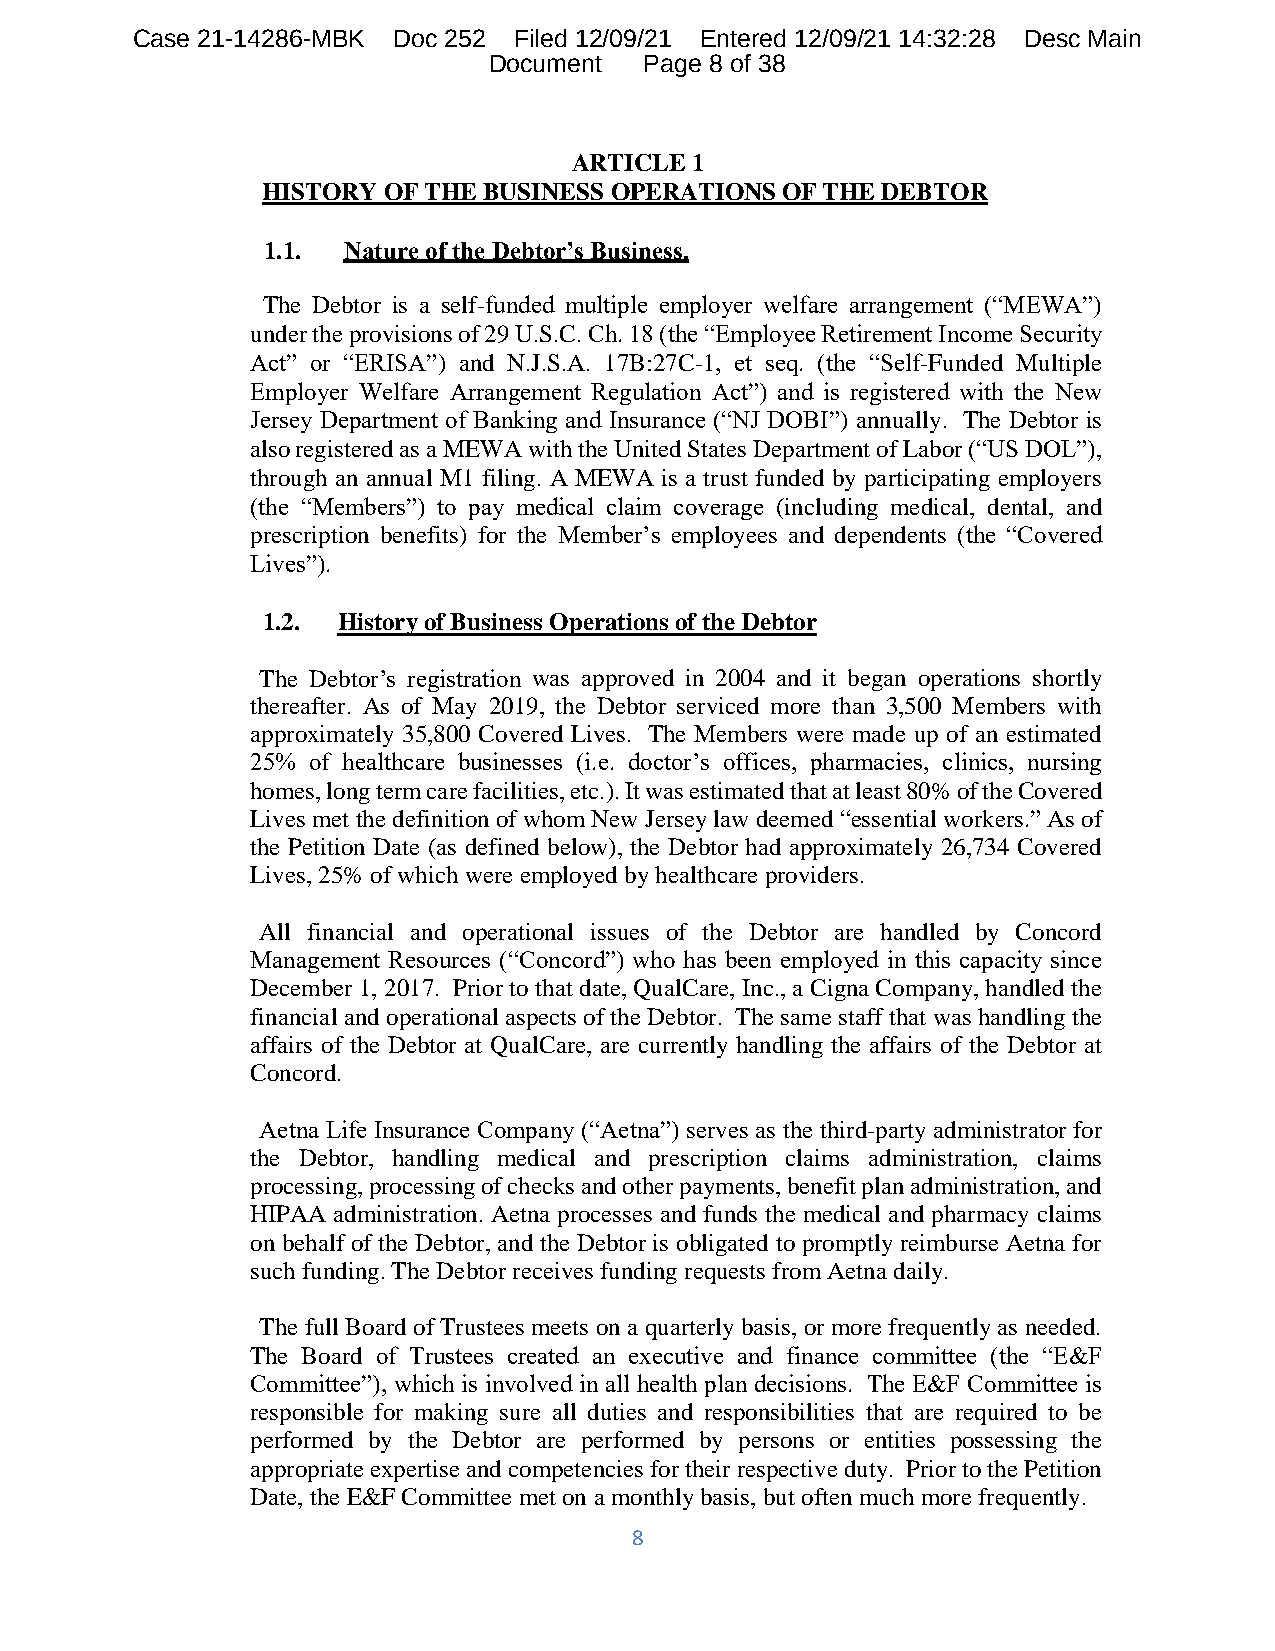
Case 21-14286-MBK Doc 252 Filed 12/09/21 Entered 12/09/21 14:32:28 Desc Main
 Document   Page 8 of 38
 ARTICLE 1
 HISTORY OF THE BUSINESS OPERATIONS OF THE DEBTOR
 1.1.  Nature of the Debtor’s Business.
 The Debtor is a self-funded multiple employer welfare arrangement (“MEWA”)
 under the provisions of 29 U.S.C. Ch. 18 (the “Employee Retirement Income Security
 Act” or “ERISA”) and N.J.S.A. 17B:27C-1, et seq. (the “Self-Funded Multiple
 Employer Welfare Arrangement Regulation Act”) and is registered with the New
 Jersey Department of Banking and Insurance (“NJ DOBI”) annually. The Debtor is
 also registered as a MEWA with the United States Department of Labor (“US DOL”),
 through an annual M1 filing. A MEWA is a trust funded by participating employers
 (the “Members”) to pay medical claim coverage (including medical, dental, and
 prescription benefits) for the Member’s employees and dependents (the “Covered
 Lives”).
 1.2. History of Business Operations of the Debtor
 The Debtor’s registration was approved in 2004 and it began operations shortly
 thereafter. As of May 2019, the Debtor serviced more than 3,500 Members with
 approximately 35,800 Covered Lives. The Members were made up of an estimated
 25% of healthcare businesses (i.e. doctor’s offices, pharmacies, clinics, nursing
 homes, long term care facilities, etc.). It was estimated that at least 80% of the Covered
 Lives met the definition of whom New Jersey law deemed “essential workers.” As of
 the Petition Date (as defined below), the Debtor had approximately 26,734 Covered
 Lives, 25% of which were employed by healthcare providers.
 All financial and operational issues of the Debtor are handled by Concord
 Management Resources (“Concord”) who has been employed in this capacity since
 December 1, 2017. Prior to that date, QualCare, Inc., a Cigna Company, handled the
 financial and operational aspects of the Debtor. The same staff that was handling the
 affairs of the Debtor at QualCare, are currently handling the affairs of the Debtor at
 Concord.
 Aetna Life Insurance Company (“Aetna”) serves as the third-party administrator for
 the Debtor, handling medical and prescription claims administration, claims
 processing, processing of checks and other payments, benefit plan administration, and
 HIPAA administration. Aetna processes and funds the medical and pharmacy claims
 on behalf of the Debtor, and the Debtor is obligated to promptly reimburse Aetna for
 such funding. The Debtor receives funding requests from Aetna daily.
 The full Board of Trustees meets on a quarterly basis, or more frequently as needed.
 The Board of Trustees created an executive and finance committee (the “E&F
 Committee”), which is involved in all health plan decisions. The E&F Committee is
 responsible for making sure all duties and responsibilities that are required to be
 performed by the Debtor are performed by persons or entities possessing the
 appropriate expertise and competencies for their respective duty. Prior to the Petition
 Date, the E&F Committee met on a monthly basis, but often much more frequently.
 8